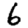
Digit: 6